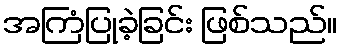
အကြံပြုခဲ့ခြင်း ဖြစ်သည်။